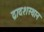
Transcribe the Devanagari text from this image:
द्वादशस्थान